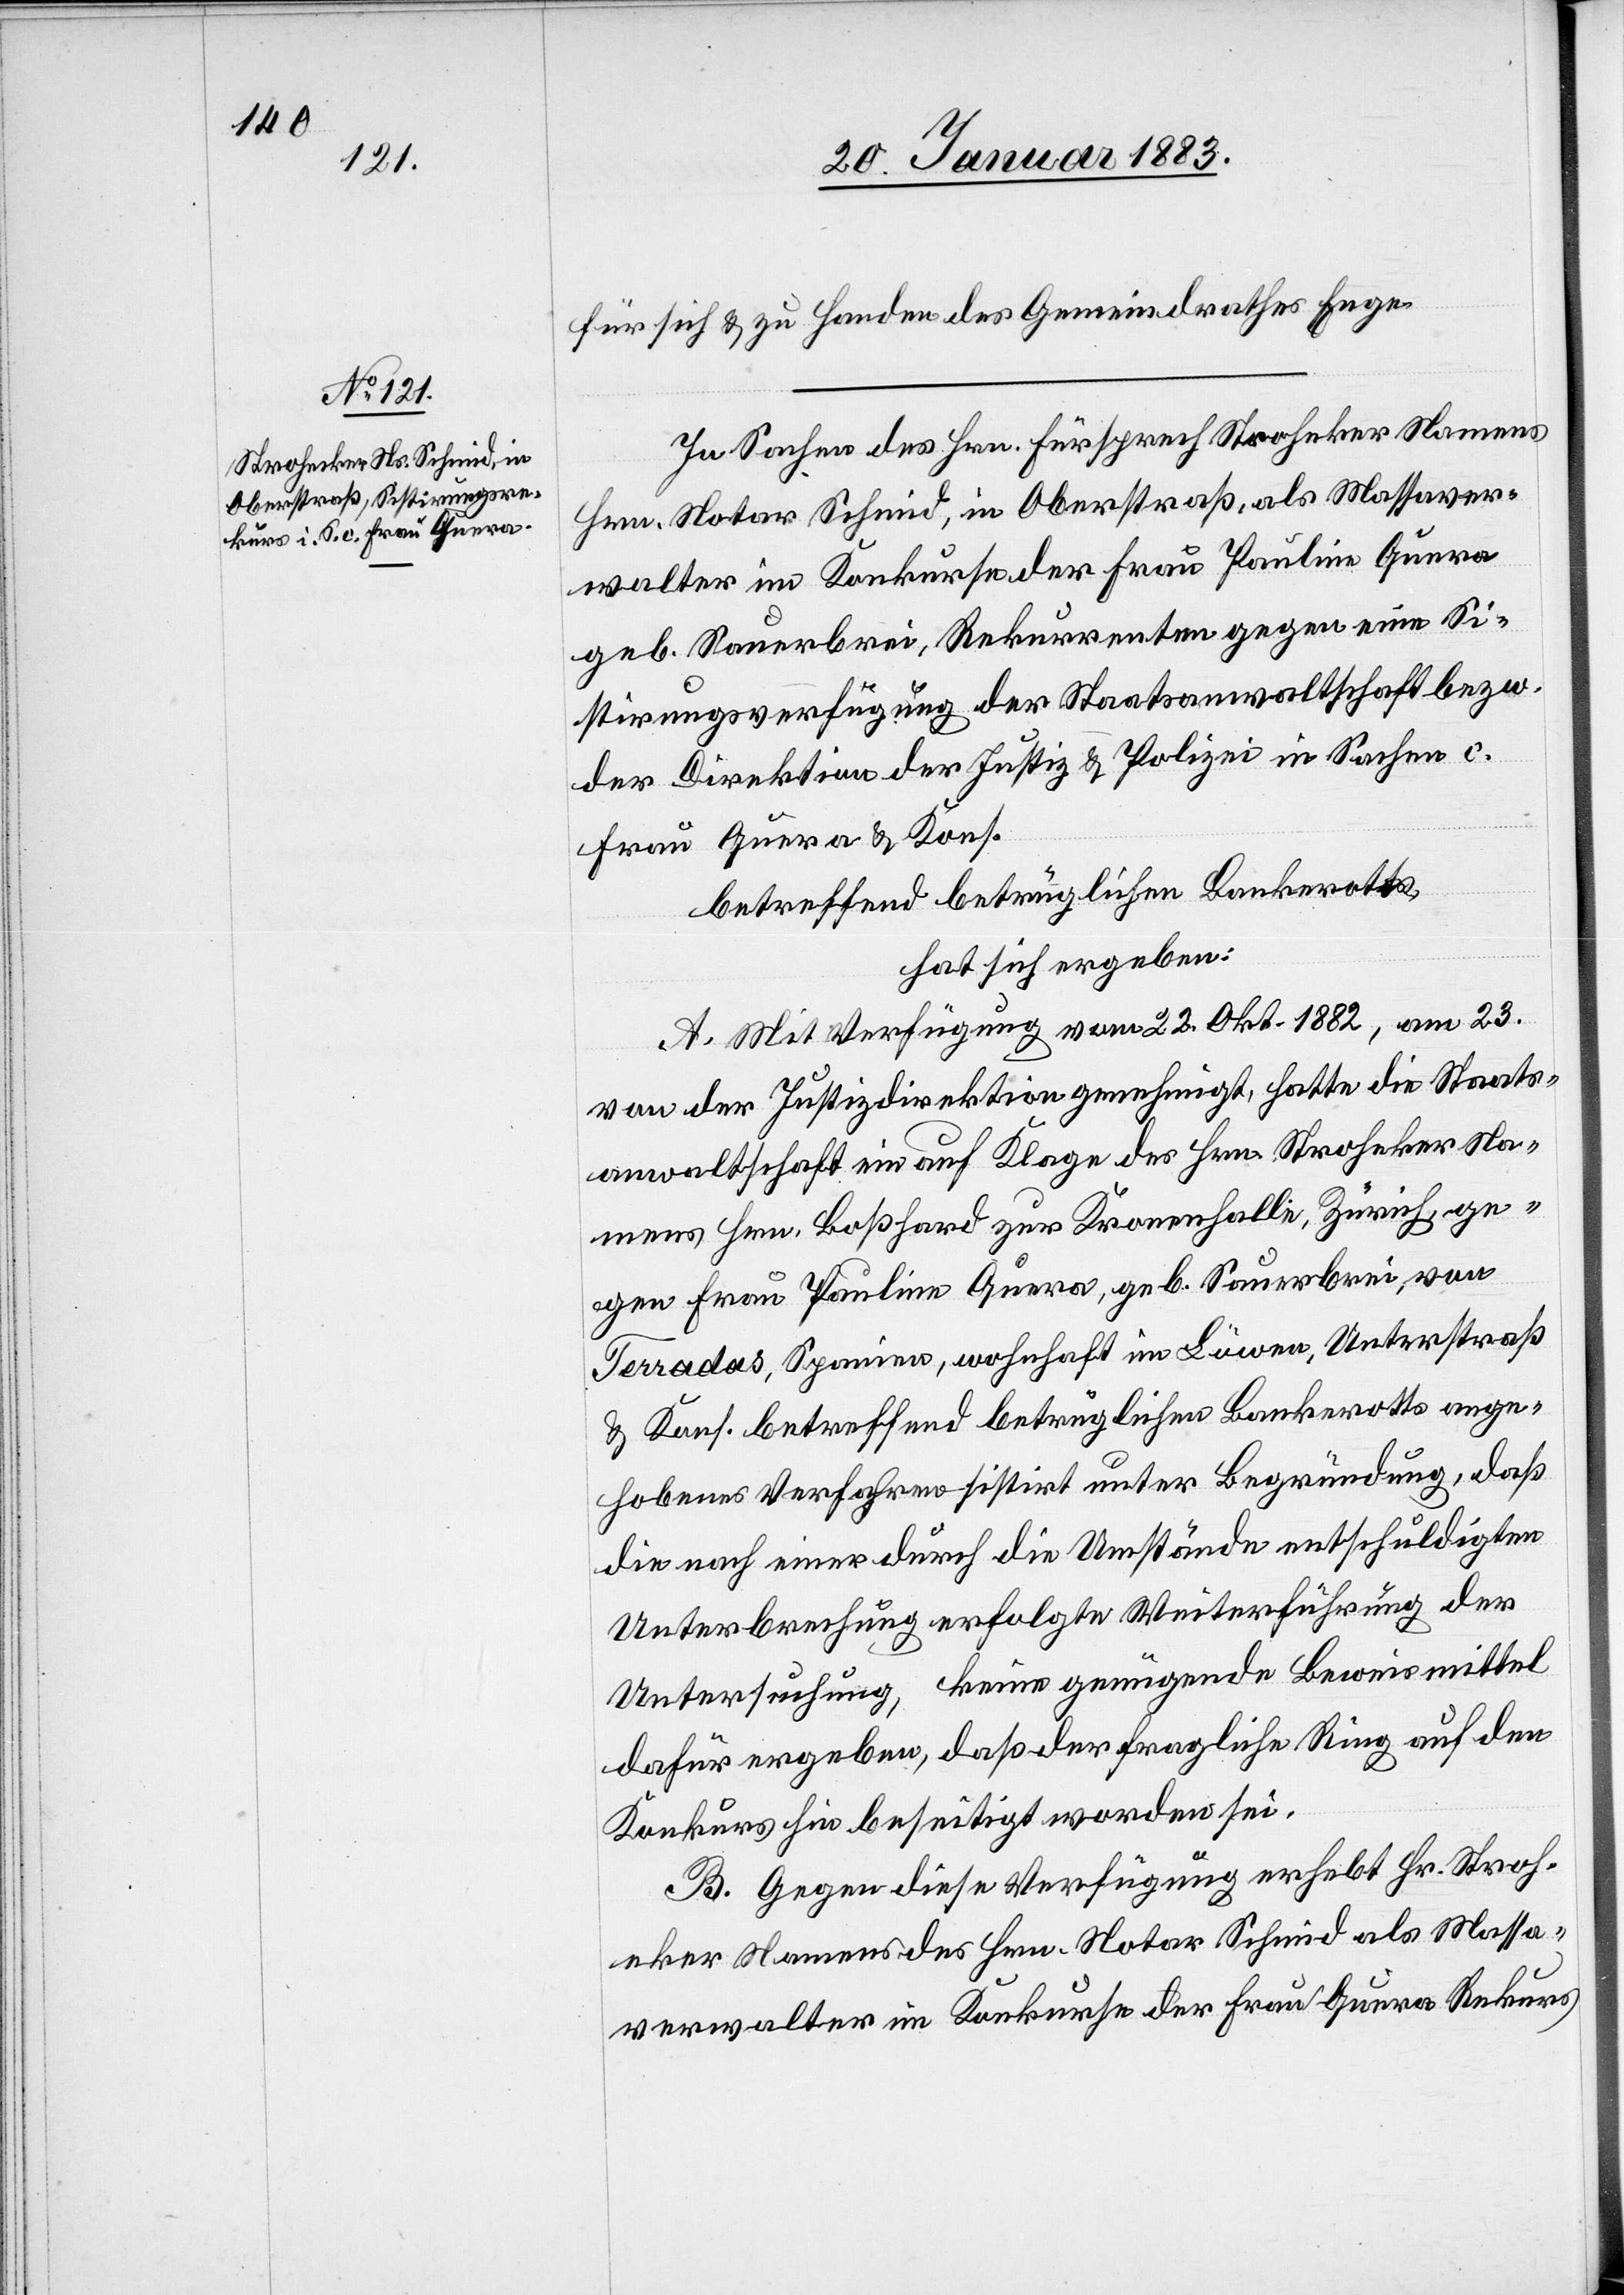
für sich & zu Handen des Gemeindrathes Enge.
In Sachen des Hrn. Fürsprech Stroheker [sic!]
Hrn. Notar Schmid, in Oberstraß, als Massaver¬
walter im Konkurse der Frau Pauline Quera
geb. Sauerbrei, Rekurrenten gegen Si¬
stirungsverfügung der Staatsanwaltschaft bezw.
der Direktion der Justiz & Polizei in Sachen c.
Frau Quera & Kons.
betreffend betrüglichen Bankerotts,
hat sich ergeben:
A. Mit Verfügung vom 22. Okt. 1882, am 23.
von der Justizdirektion genehmigt, hatte die Staats¬
anwaltschaft ein auf Klage des Hrn. Stroheker Na¬
mens Hrn. Boßhard zur Kronenhalle, Zürich, ge¬
gen Frau Pauline Quera, geb. Sauerbrei, von
Terradas, Spanien, wohnhaft im Löwen, Unterstraß
& Kons. betreffend betrüglichen Bankerotts ange¬
hobenes Verfahren sistirt unter Begründung, daß
die nach einer durch die Umstände entschuldigten
Unterbrechung erfolgte Weiterführung der
Untersuchung, keine genügende Beweismittel
dafür ergeben, daß der fragliche Ring auf den
Konkurs hin beseitigt worden sei.
B. Gegen diese Verfügung erhebt Hr. Stroh¬
eker Namens des Hrn. Notar Schmid als Massa¬
verwalter im Konkurse der Frau Quera Rekurs.